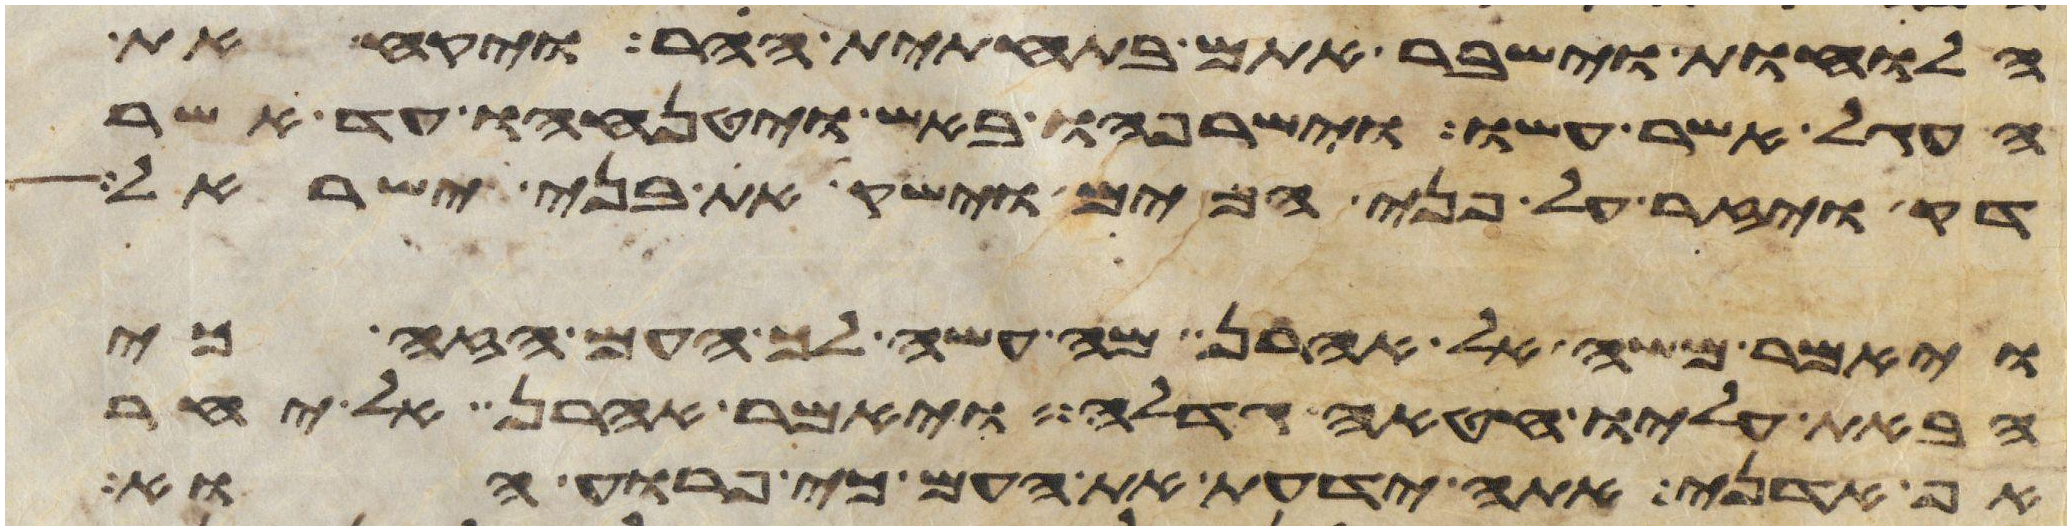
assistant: הלוחות וישבר אתם בתחתית ההר ויקח את
העגל אשר עשו וישרפהו באש ויטנחהו עד אשר
דק ויזר על פני המים וישק את בני ישראל
ויאמר משה אל אהרן מה עשה לך העם הזה כי
הבאת עליו חטאה גדלה ויאמר אהרן אל יחר
אף אדני אתה ידעת את העם כי פרוע הוא